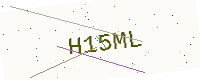
Text: H15ML